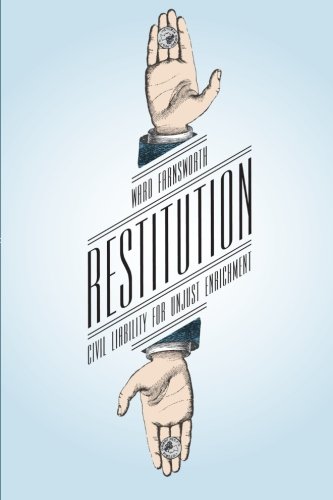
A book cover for Restitution: Civil Liability for Unjust Enrichment; Ward Farnsworth; Law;